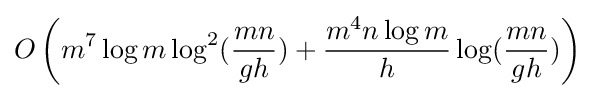
O\left(m^{7}\log {m}\log ^{2}({\frac {mn}{gh}})+{\frac {m^{4}n\log {m}}{h}}\log({\frac {mn}{gh}})\right)